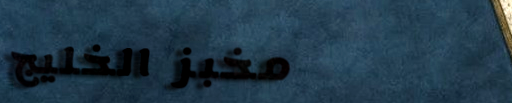
مخبز الخليج